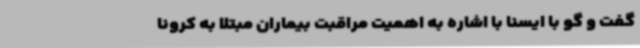
گفت و گو با ایسنا با اشاره به اهمیت مراقبت بیماران مبتلا به کرونا